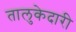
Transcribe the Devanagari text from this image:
तालुकेदारी